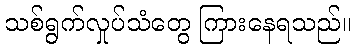
သစ်ရွက်လှုပ်သံတွေ ကြားနေရသည်။